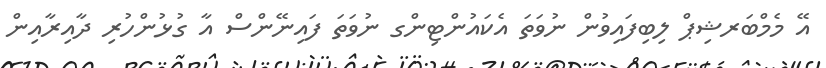
އޭ މެމްބަރޝިޕް ލިބިފައިވުން ނުވަތަ އެކައުންޓިންގ ނުވަތަ ފައިނޭންސް އާ ގުޅުންހުރި ދާއިރާއިން